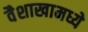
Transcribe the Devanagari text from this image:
वैशाखामध्ये